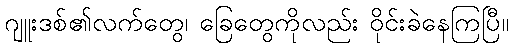
ဂျူးဒစ်၏လက်တွေ၊ ခြေတွေကိုလည်း ဝိုင်းခဲနေကြပြီ။